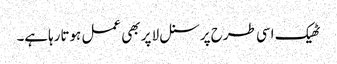
ٹھیک اسی طرح پرسنل لا پر بھی عمل ہوتارہاہے۔